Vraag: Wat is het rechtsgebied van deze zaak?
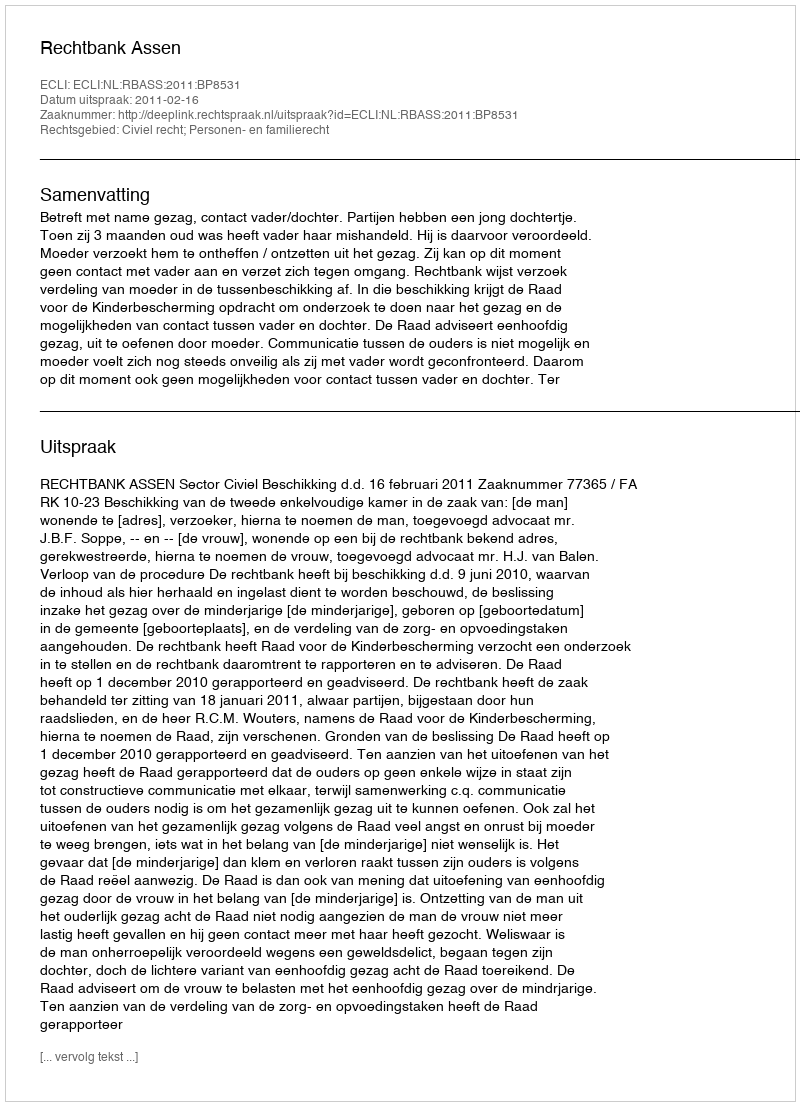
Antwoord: Civiel recht; Personen- en familierecht